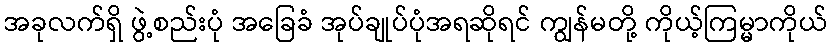
အခုလက်ရှိ ဖွဲ့စည်းပုံ အခြေခံ အုပ်ချုပ်ပုံအရဆိုရင် ကျွန်မတို့ ကိုယ့်ကြမ္မာကိုယ်